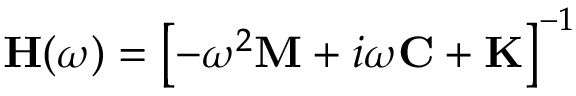
\mathbf { H } ( \omega ) = \left[ - \omega ^ { 2 } \mathbf { M } + i \omega \mathbf { C } + \mathbf { K } \right] ^ { - 1 }